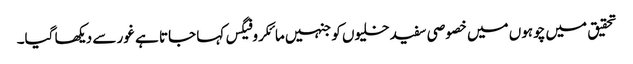
تحقیق میں چوہوں میں خصوصی سفید خلیوں کو جنہیں مائکروفیگس کہا جاتا ہے غور سے دیکھا گیا۔